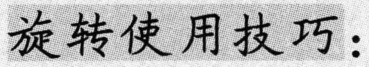
旋转使用技巧：